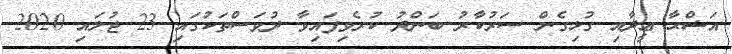
އަޟްޙާ ޢީދާއި ގުޅިގެން ސަރުކާރު ބަންދު ކުރެވިފައިވާ ދުވަސްތަކުގައި 23 ޖުލައި 2020